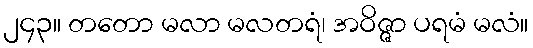
၂၄၃။ တတော မလာ မလတရံ၊ အဝိဇ္ဇာ ပရမံ မလံ။